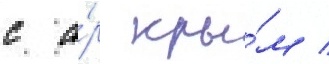
с а́р кры́м /